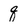
Character: q